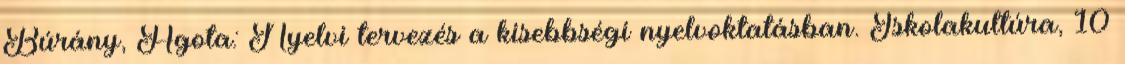
Búrány, Ágota: Nyelvi tervezés a kisebbségi nyelvoktatásban. Iskolakultúra, 10